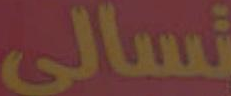
تسالي